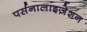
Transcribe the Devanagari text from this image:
पर्सनालाइज़ेशन